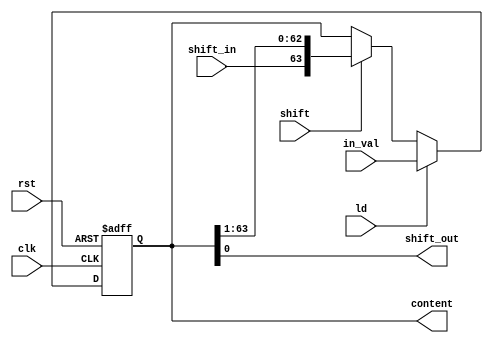
// values are like z = [0 1 2 3 4 ... 63]
module ShiftLeftRegister64(in_val, ld, rst, clk, shift, shift_in, content, shift_out);
    parameter N = 64;

    input [N-1:0] in_val;
    input ld, rst, clk, shift, shift_in;
    output reg [N-1:0] content;
    output shift_out;

    always @(posedge clk or posedge rst) begin
        if (rst)
            content <= {N{1'b0}};
        else if (ld)
            content <= in_val;
        else if (shift)
            content <= {shift_in, content[N-1:1]};
    end
    assign shift_out = content[0];
endmodule